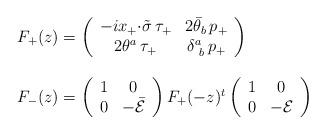
LaTeX: \begin{align*}\begin{array}{l}F_{+}(z)=\left(\begin{array}{cc}-ix_{+}{\cdot\tilde{\sigma}}\,\tau_{+}&2\bar{\theta}_{b}\,p_{+}\\2\theta^{a}\,\tau_{+}&\delta^{a}_{~b}\,p_{+} \end{array}\right)\\{}\\F_{-}(z)=\left(\begin{array}{cc}1&0\\0&-\bar{{\cal E}}\end{array}\right)F_{+}(-z)^{t}\left(\begin{array}{cc}1&0\\0&-{\cal E}\end{array}\right)\end{array}\end{align*}